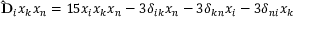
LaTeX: \mathbf { \hat { D } } _ { i } x _ { k } x _ { n } = 1 5 x _ { i } x _ { k } x _ { n } - 3 \delta _ { i k } x _ { n } - 3 \delta _ { k n } x _ { i } - 3 \delta _ { n i } x _ { k }